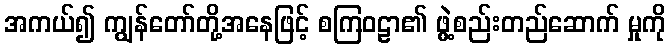
အကယ်၍ ကျွန်တော်တို့အနေဖြင့် စကြဝဠာ၏ ဖွဲ့စည်းတည်ဆောက် မှုကို